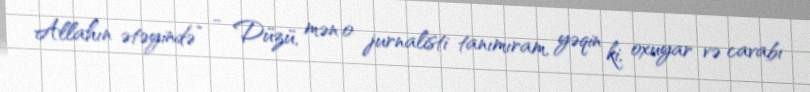
Allahın ətəyində” - Düzü, mən o jurnalisti tanımıram, yəqin ki, oxuyar və cavabı